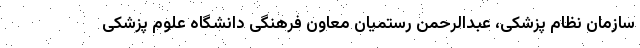
سازمان نظام پزشکی، عبدالرحمن رستمیان معاون فرهنگی دانشگاه علوم پزشکی